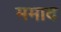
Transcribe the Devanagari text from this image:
ममाद